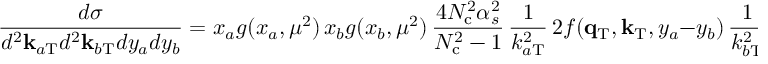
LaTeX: \frac { d \sigma } { d ^ { 2 } { \bf k } _ { a \mathrm { T } } d ^ { 2 } { \bf k } _ { b \mathrm { T } } d y _ { a } d y _ { b } } = x _ { a } g ( x _ { a } , \mu ^ { 2 } ) \, x _ { b } g ( x _ { b } , \mu ^ { 2 } ) \, \frac { 4 N _ { \mathrm { c } } ^ { 2 } \alpha _ { s } ^ { 2 } } { N _ { \mathrm { c } } ^ { 2 } - 1 } \, \frac { 1 } { k _ { a \mathrm { T } } ^ { 2 } } \, 2 f ( { \bf q } _ { \mathrm { T } } , { \bf k } _ { \mathrm { T } } , y _ { a } - y _ { b } ) \, \frac { 1 } { k _ { b \mathrm { T } } ^ { 2 } } ,